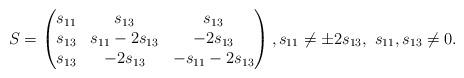
LaTeX: \begin{align*}S =\begin{pmatrix}s_{11} & s_{13} & s_{13}\\s_{13} & s_{11} - 2 s_{13} & - 2s_{13}\\s_{13} & -2 s_{13} & -s_{11} - 2 s_{13}\end{pmatrix},s_{11}\neq\pm2 s_{13},\ s_{11}, s_{13}\neq 0.\end{align*}